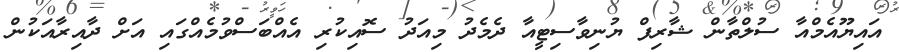
އައިޔޫއެމްއާ ސުލްތާން ޝާރިފް ޔުނިވާސިޓީއާ ދެމެދު މިއަދު ސޮއިކުރި އެއްބަސްވުމެއްގައި އަށް ދާއިރާއަކުން